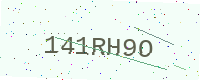
Text: 141RH9O